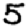
Digit: 5